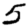
Digit: 5